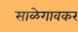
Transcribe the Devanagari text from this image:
साळेगावकर